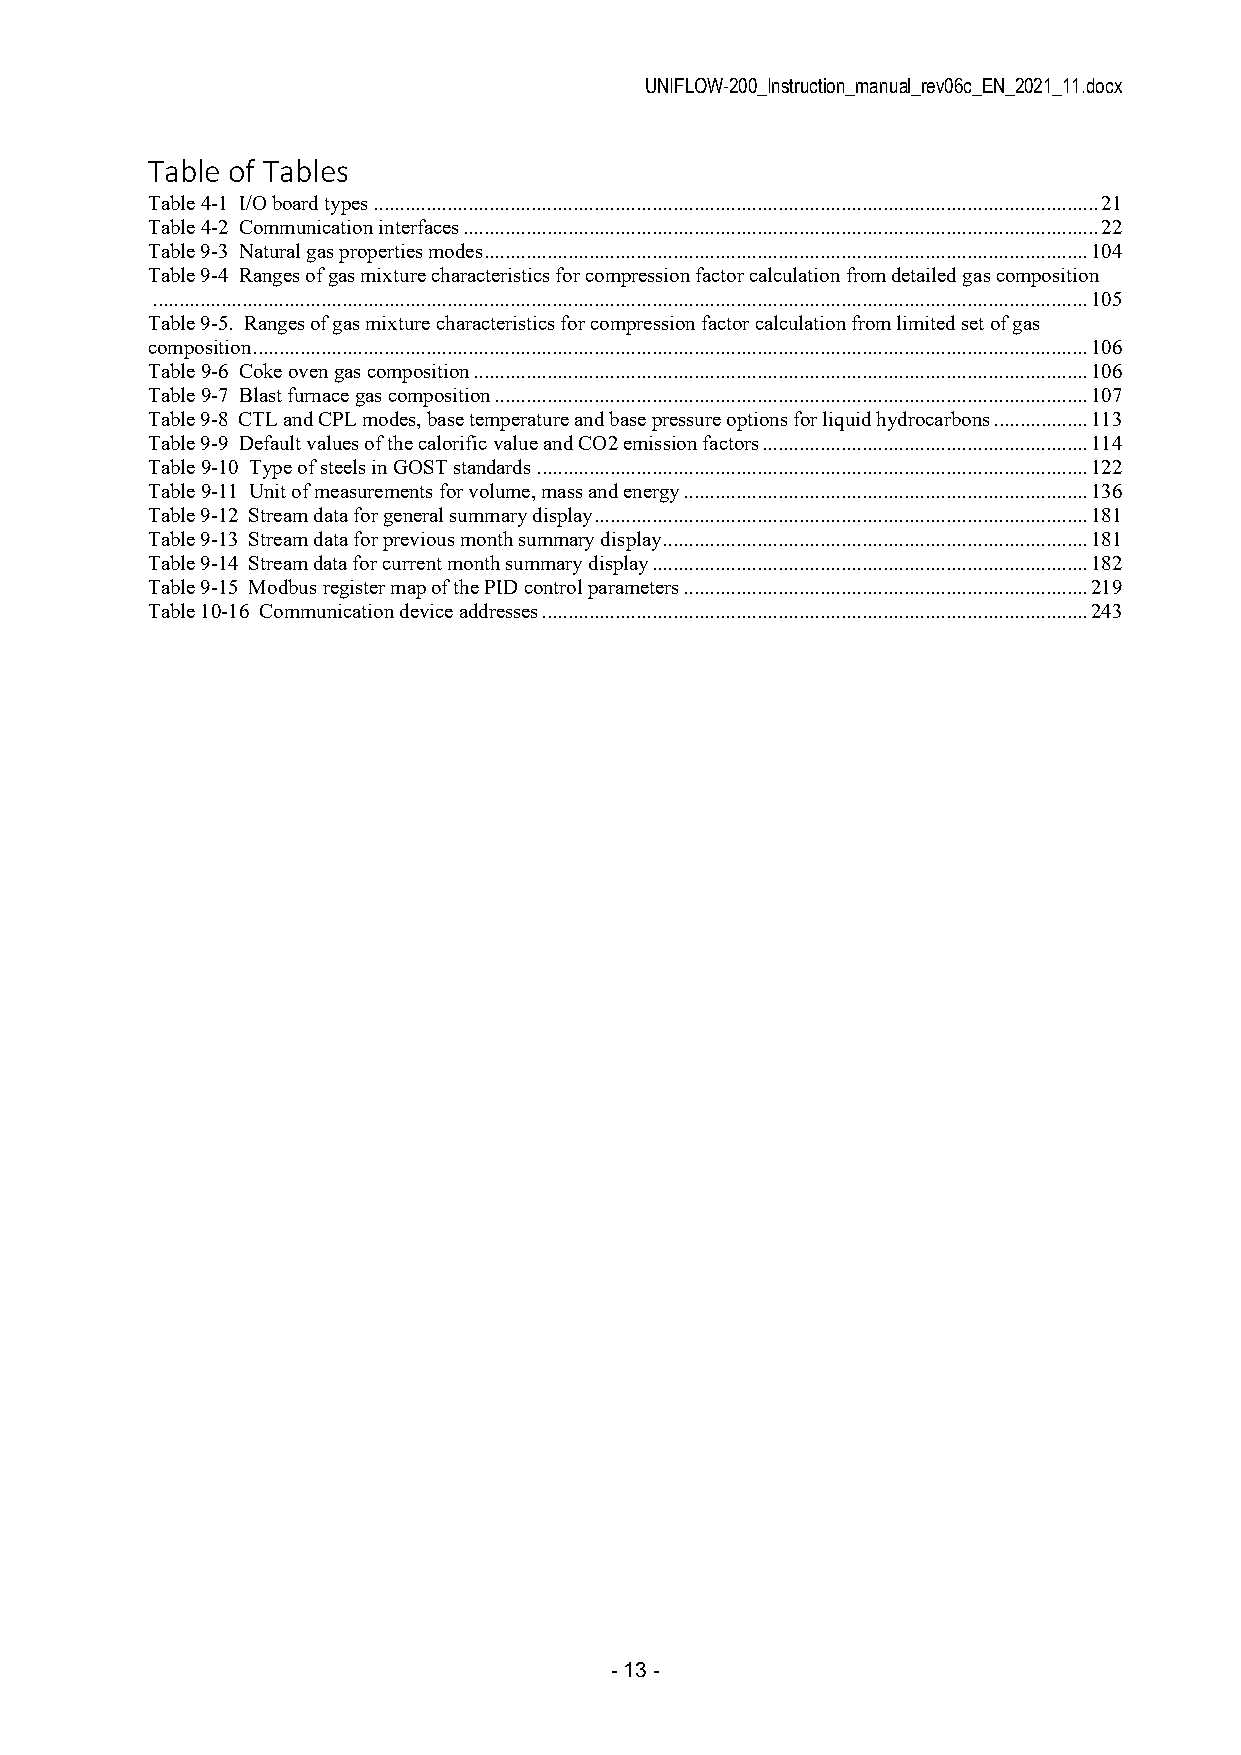
UNIFLOW-200_Instruction_manual_rev06c_EN_2021_11.docx
 Table of Tables
 Table 4-1 I/O board types .......................................................................................................................................... 21
 Table 4-2 Communication interfaces ......................................................................................................................... 22
 Table 9-3 Natural gas properties modes ................................................................................................................... 104
 Table 9-4 Ranges of gas mixture characteristics for compression factor calculation from detailed gas composition
 .................................................................................................................................................................................. 105
 Table 9-5. Ranges of gas mixture characteristics for compression factor calculation from limited set of gas
 composition ............................................................................................................................................................... 106
 Table 9-6 Coke oven gas composition ..................................................................................................................... 106
 Table 9-7 Blast furnace gas composition ................................................................................................................. 107
 Table 9-8 CTL and CPL modes, base temperature and base pressure options for liquid hydrocarbons .................. 113
 Table 9-9 Default values of the calorific value and CO2 emission factors .............................................................. 114
 Table 9-10 Type of steels in GOST standards ......................................................................................................... 122
 Table 9-11 Unit of measurements for volume, mass and energy ............................................................................. 136
 Table 9-12 Stream data for general summary display .............................................................................................. 181
 Table 9-13 Stream data for previous month summary display ................................................................................. 181
 Table 9-14 Stream data for current month summary display ................................................................................... 182
 Table 9-15 Modbus register map of the PID control parameters ............................................................................. 219
 Table 10-16 Communication device addresses ........................................................................................................ 243
 - 13 -